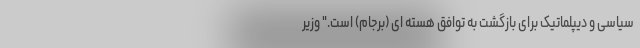
سیاسی و دیپلماتیک برای بازگشت به توافق هسته ای (برجام) است." وزیر